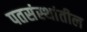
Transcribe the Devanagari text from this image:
पतसंस्थांतील